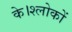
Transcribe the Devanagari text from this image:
के।श्लोकों